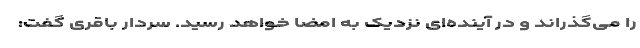
را می‌گذراند و در آینده‌ای نزدیک به امضا خواهد رسید. سردار باقری گفت: